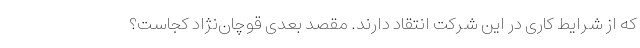
که از شرایط کاری در این شرکت انتقاد دارند. مقصد بعدی قوچان‌نژاد کجاست؟